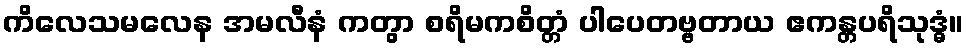
ကိလေသမလေန အမလီနံ ကတွာ စရိမကစိတ္တံ ပါပေတဗ္ဗတာယ ဧကန္တပရိသုဒ္ဓံ။